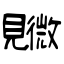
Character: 覹